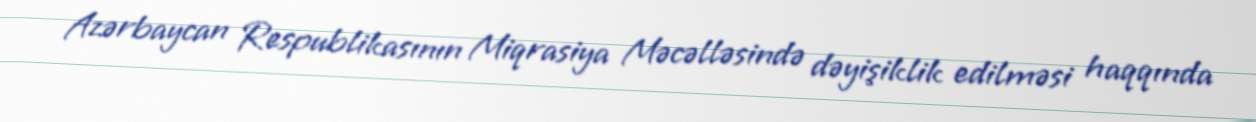
Azərbaycan Respublikasının Miqrasiya Məcəlləsində dəyişiklik edilməsi haqqında